Civil Veterinary Department. Madras. Admin. report 1910-25 - 1910-1925
Year: 1910
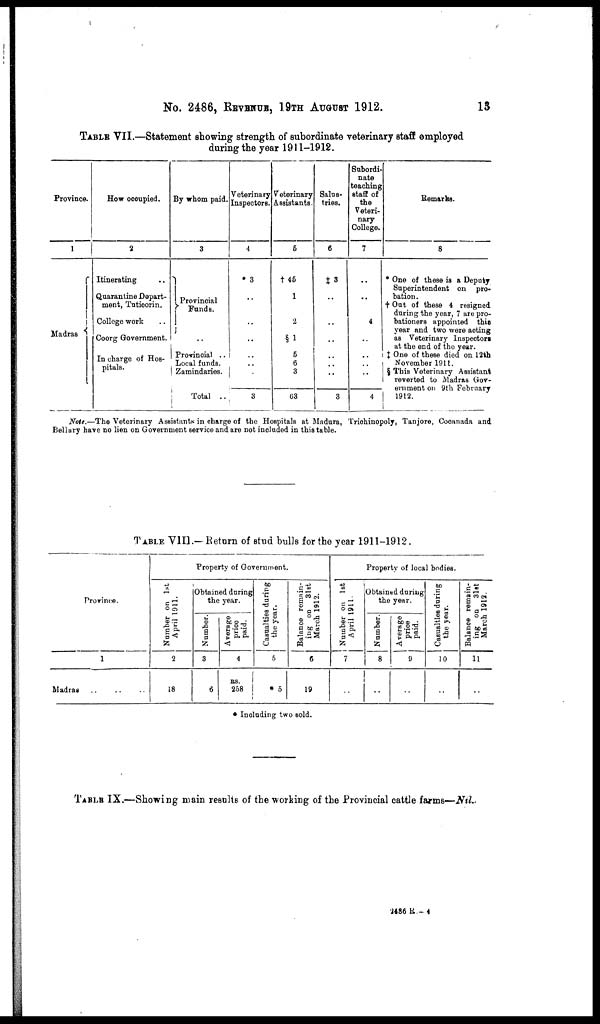
No. 2486, REVENUE, 19TH AUGUST 1912.
13
TABLE VII.—Statement showing strength of subordinate veterinary staff employed
during the year 1911-1912.
Province.
1
Madras
How occupied.
2
Itinerating ..
Quarantine Depart-
ment, Tuticorin.
College work ..
Coorg Government.
In charge of Hos-
pitals.
By whom paid.
3
Provincial
Funds.
..
Provincial ..
Local funds.
Zamindaries.
Total ..
Veterinary
Inspectors.
4
* 3
..
..
..
..
..
.
3
Veterinary
Assistants.
5
† 45
1
2
§1
5
6
3
63
Salus-
tries.
6
‡ 3
..
..
..
..
..
..
3
Subordi-
nate
teaching
staff of
the
Veteri-
nary
College.
7
..
..
4
..
..
..
..
4
Remarks.
8
* One of these is a Deputy
Superintendent on pro-
bation.
† Out of these 4 resigned
during the year, 7 are pro-
bationers appointed this
year and two were acting
as Veterinary Inspectors
at the end of the year.
‡ One of these died on 12th
November 1911.
§ This Veterinary Assistant
reverted to Madras Gov-
ernment on 9th February
1912.
Note.—The Veterinary Assistants in charge of the Hospitals at Madura, Triohinopoly, Tanjore, Cooanada and
Bellary have no lien on Government service and are not included in this table.
TABLE VII].— Return of stud bulls for the year 1911-1912.
Province.
1
Madras..
Property of Government.
Number on 1st
April 1911.
2
18
Obtained during
the year.
Number.
3
6
Average
price
paid.
4
RS.
258
Casualties during
the year.
5
* 5
Balance remain-
ing on 31st
March 1912.
6
19
Property of local bodies.
Number on 1st
April 1911.
7
..
Obtained during
the year.
Number.
8
..
Average
price
paid.
9
..
Casualties during
the year.
10
..
Balance remain-
ing on 3lst
March 1912.
11
..
* Including two sold.
TABLE IX.—Showing main results of the working of the Provincial cattle farms—Nil.
2486 R-4